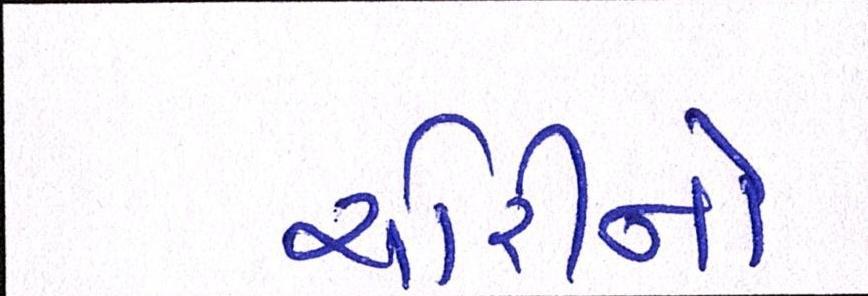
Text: ચોરીનો